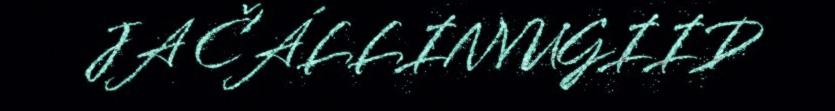
JA ČÁLLINVUGIID